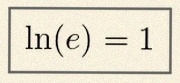
\ln(e)=1